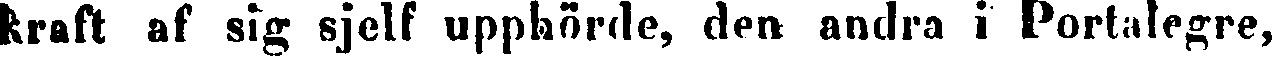
kraft af sig sjelf upphörde, den andra i Portalegre,